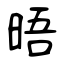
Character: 晤